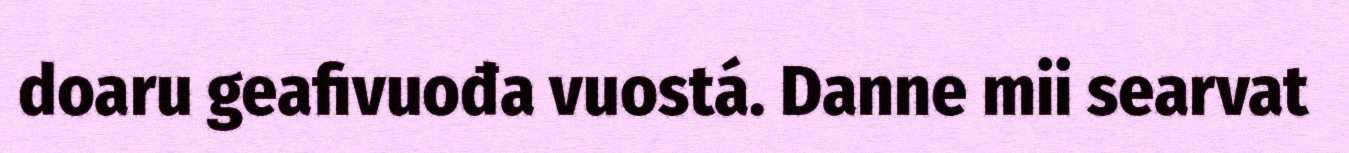
doaru geafivuođa vuostá. Danne mii searvat